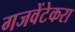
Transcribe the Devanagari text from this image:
गजवेंटेकरा